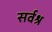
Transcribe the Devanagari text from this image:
सर्वश्र